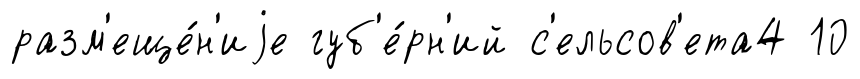
разм'еще́н'иjе губ'е́рн'ий с'ельсов'ета4 10